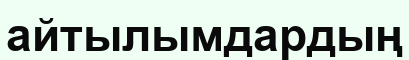
айтылымдардың